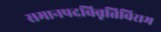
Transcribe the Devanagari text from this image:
समानपदविवृत्तिविराम